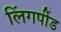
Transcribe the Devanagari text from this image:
लिंगपींड